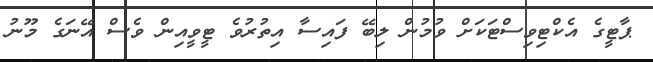
ޕާޓީގެ އެކްޓިވިސްޓަކަށް ވުމުން ލިބޭ ފައިސާ އިތުރުވެ ޓީވީއިން ވެސް އޭނަގެ މޫނު